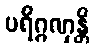
ပရိဂ္ဂဏှန္တိ